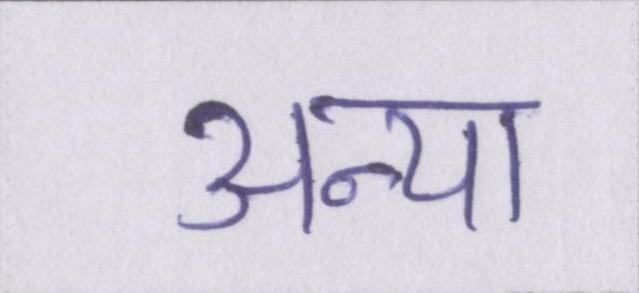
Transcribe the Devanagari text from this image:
अन्या